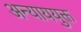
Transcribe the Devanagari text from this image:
अन्याययुक्त